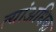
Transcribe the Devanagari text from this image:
त्यांअधिक